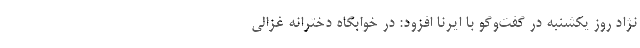
نژاد روز یکشنبه در گفت‌وگو با ایرنا افزود: در خوابگاه دخترانه غزالی